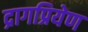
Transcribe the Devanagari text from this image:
द्रागप्रियेण